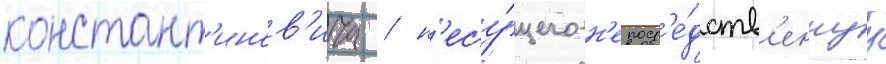
констант'инов'ича / н'есу́щего н'епоср'е́дств'еннуу